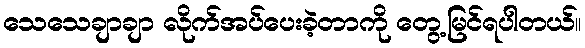
သေသေချာချာ လိုက်အပ်ပေးခဲ့တာကို တွေ့မြင်ရပါတယ်။